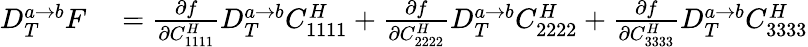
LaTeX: \begin{array}{rl}{D_{T}^{a\rightarrow b}F}&{{}=\frac{\partial f}{\partial C_{1111}^{H}}D_{T}^{a\rightarrow b}C_{1111}^{H}+\frac{\partial f}{\partial C_{2222}^{H}}D_{T}^{a\rightarrow b}C_{2222}^{H}+\frac{\partial f}{\partial C_{3333}^{H}}D_{T}^{a\rightarrow b}C_{3333}^{H}}\end{array}